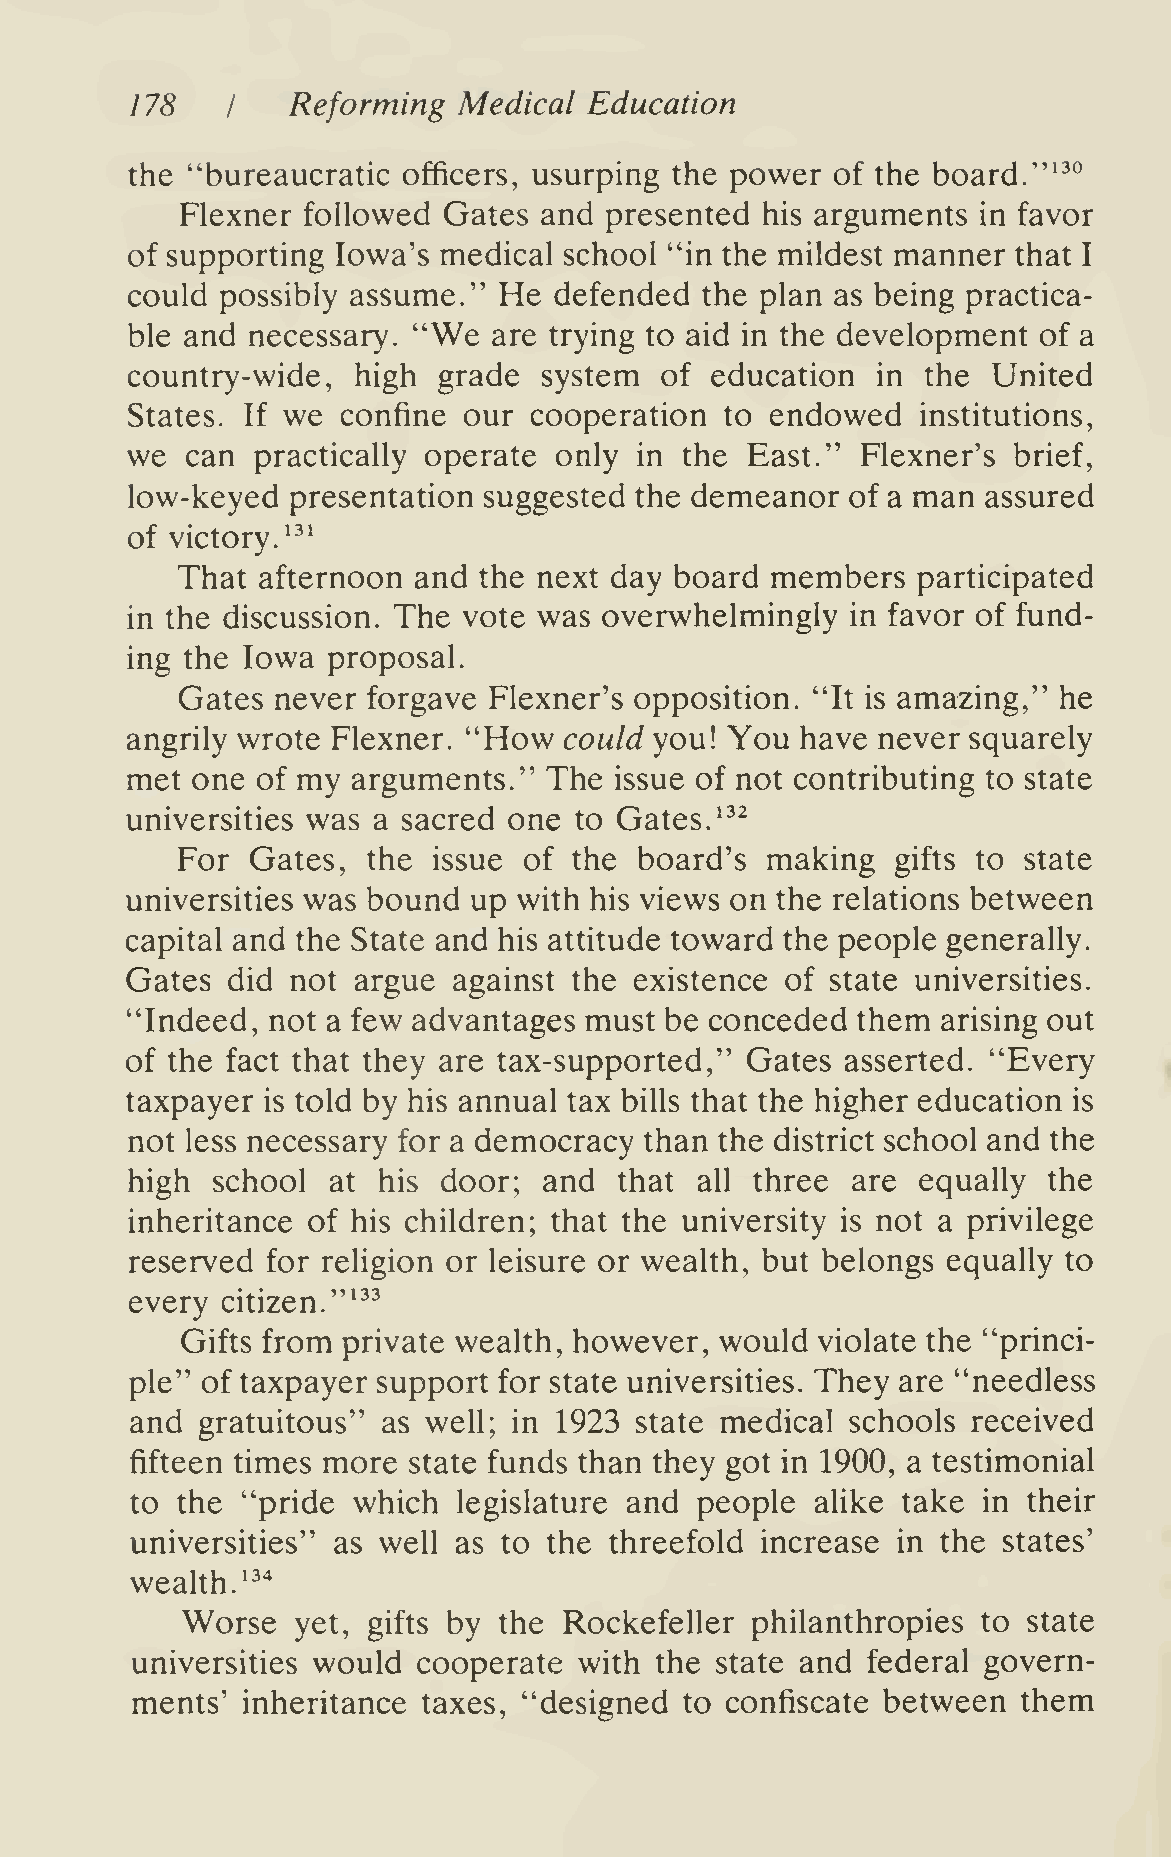
178       Reforming  Medical  Education
 I
 the "bureaucratic  officers, usurping the power of the board."'^°
 Flexner followed Gates  and presented his arguments  in favor
 of supporting Iowa's medical school "in the mildest manner that
 I
 could  possibly assume." He  defended the plan as being practica-
 "We
 ble and necessary.       are trying to aid in the development of a
 country-wide,  high  grade  system  of education  in the  United
 States. If we  confine our cooperation  to endowed   institutions,
 we  can  practically operate only in the East."  Flexner's brief,
 low-keyed  presentation suggested the demeanor  of a man assured
 of victory.'^'
 That afternoon and  the next day board members   participated
 in the discussion. The vote was overwhelmingly  in favor of fund-
 ing the Iowa  proposal.
 Gates never forgave Flexner's opposition. "It is amazing," he
 angrily wrote Flexner. "How  could you! You  have never squarely
 met  one of my arguments."  The  issue of not contributing to state
 universities was a sacred one to Gates. ^^^
 For  Gates, the  issue of the board's  making  gifts to state
 universities was bound up with his views on the relations between
 capital and the State and his attitude toward the people generally.
 Gates  did not argue  against the existence of state universities.
 "Indeed,  not a few advantages must be conceded  them arising out
 of the fact that they are tax-supported," Gates asserted. "Every
 taxpayer is told by his annual tax bills that the higher education is
 not less necessary for a democracy than the district school and the
 high  school  at his door;  and  that all three are  equally the
 inheritance of his children; that the university is not a privilege
 reserved  for religion or leisure or wealth, but belongs equally to
 every  citizen.'""
 Gifts from private wealth, however, would violate the "princi-
 ple" of taxpayer support for state universities. They are "needless
 and gratuitous" as well; in 1923 state medical schools received
 fifteen times more state funds than they got in 1900, a testimonial
 to the "pride which  legislature and people  alike take in their
 universities" as well as to the threefold increase in the states'
 wealth. '^^
 Worse  yet, gifts by the Rockefeller  philanthropies to state
 universities would cooperate with the state and federal govern-
 ments' inheritance taxes, "designed to confiscate between  them